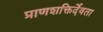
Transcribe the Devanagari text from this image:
प्राणशक्तिर्देवता